Vital statistics of India. Vol. VI, European troops 1870-79
Year: 1870
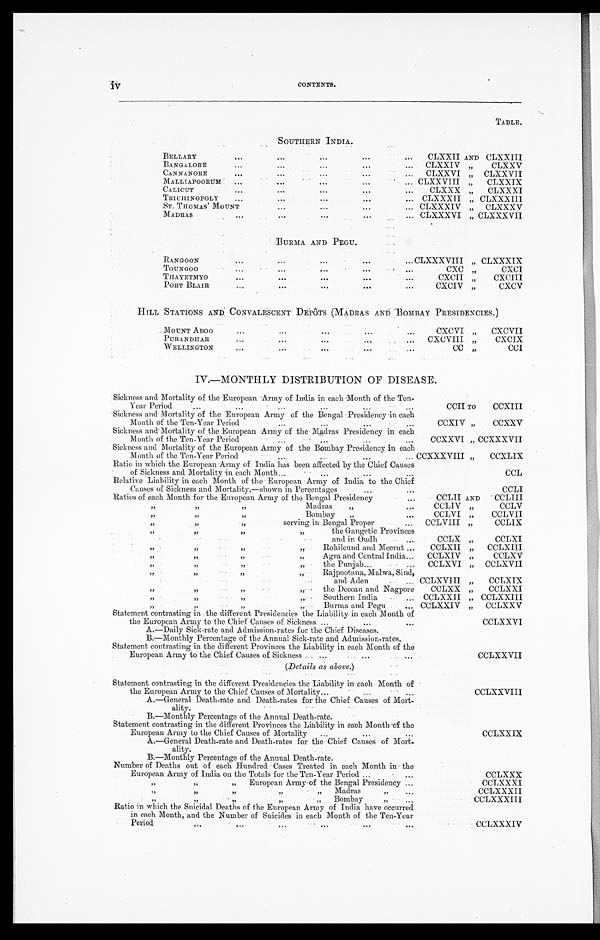
CONTENTS.
TABLE.
SOUTHERN I NDI A.
BELLARY
...
...
...
...
...
CLXXII AND CLXXIII
BANGALORE
...
...
...
CLXXI
„
CLXXV
CANNANORE
......
...
...
...
...
CLXXVI „ CLXXVII
MALLIAPOORUM
...
...
...
...
. . . . CLXXVIII „
CLXXIX
CALICUT
...
...
...
CLXXX „
CLXXXI
TRICHINOPOLY
...... ...
...
CLXXXII „ CLXXXIII
ST. THOMAS ' MOUNT... ...
•...
...
CLXXXIV „
CLXXXV
MADRAS
...
...
...
...
... CLXXXVI „ CLXXXVII
BURMA AND PEGU.
RA NGOON...CLXXXVIII '”
...
...
. . .
„ CLXXXIX
TOUNGOO
... ...
...
...
,..
CXC
, ,
C X C I
THAYETMY0...
...
...
...
CXCII „
CXCIII
PORT BLAIR...
...
...
• • •
HILL STATIONS AND CONVALESCENT DEPÔTS (MADRAS AND BOMBAY PRESIDENCIES.)
MOUNT ABO0
...
...
...
...
...
CXCVI „
CXCVII
PURANDHAR
...
... ...
...
CXCVIII „
CXCIX
WELLINGTON
. . .
...
...
...
...
CC
CCI
IV.—MONTHLY DISTRIBUTION OF DISEASE.
Sickness and Mortality of the European Army of India in each Month of the Ten-
Year Period
...
...
...
...
...
...
CCII TO
CCXIII
Sickness and Mortality of the European Army of the Bengal Presidency in each
Month of the Ten-Year Period
...
...
...
...
CCXIV „
CCXXV
Sickness and Mortality of the European Army of the Madras Presidency in each
Month of the Ten-Year Period
... ,..
... ...
. . .
, . .
. . .
CCXXVI „ CCXXXVII
Sickness and Mortality of the European Army of the Bombay Presidency in each
Month of the Ten-Year Period
...
...
...
... CCXXXVIII „
CCXLIX
Ratio in which the European Army of India has been affected by the Chief Causes
of Sickness and Mortality in each Month...
. .
. . .
. . .
. . .
CCL
Relative Liability in each Month of the European Army of India to the Chief
Causes of Sickness and Mortality,—shown in Percentages
...
...
CCLI
Ratios of each Month for the European Army of the Bengal Presidency
..
CCLII AND
CCLIII
,,
,,
,,
Madras
,,
...
CCLIV „
CCLV
,,
, ,
Bombay
„
_
CCLVI „
CCLVII
,,
,,
,,
serving in Bengal Proper
...
CCLVIII „
CCLIX
,,
,,
,,
,,
the Gangetic Provinces
and in Oudh
...
CCLX „
CCLXI
,,
,,
,,
Rohilcund and Meerut ...
CCLXII „
CCLXIII
,,
,,
,,
Agra and Central India...
CCLXIV „
CCLXV
,,
,,
,,
the Punjab...
.
. . . .
,,
,,
,,
Rajpootana, Malwa, Sind,
and Aden
...
CCLXVI
CCLXVIII
„
„
CCLXVII
CCLXIX
,,
the Deccan
and Nagpore
CCLXX „
CCLX XI
,, ,,
,,
„...
Southern India
.
... CCLXXII „ CCLXXIII
,,
"
Burma and Pegu .
...
„
CCLXXIV „
CCLXXV
Statement contrasting in the different Presidencies the Liability in each Month of
the European Army to the Chief Causes of Sickness ...
...
CCLXXVI
A.—Daily Sick-rate and Admission-rates for the Chief Diseases.
B.—Monthly Percentage of the Annual Sick-rate and Admission-rates.
Statement contrasting in the different Provinces the Liability in each Month of the
European Army to the Chief Causes of Sickness ... ...
...
. . .
CCLXXVII
(Details as above;)
Statement contrasting in the different Presidencies the Liability in each Month of
the European Army to the Chief Causes of Mortality...
...
... ...
CCLXXVIII
A.—General Death-rate and Death-rates for the Chief Causes of Mort-
ality.
B.—Monthly Percentage of the Annual Death-rate.
Statement contrasting in the different Provinces the Liability in each Month of the
European Army to the Chief Causes of Mortality
...
...
...
CCLXXIX
A.—General Death-rate and Death-rates for the Chief Causes of Mort-
ality.
B.—Monthly Percentage of the Annual Death-rate.
Number of Deaths out of each Hundred Cases Treated in each Month in the
European Army of India on the Totals for the Ten-Year Period ...
...
CCLXXX
,,
,,
,,
European Army of the Bengal Presidency ...
CCLXXXI
, ,
, ,
, ,
, ,
M a d r a s
CCLXXXII
,,
„
Bombay
,,
, , ,,
CCLXXX III
Ratio in which the Suicidal Deaths of the European Army of India have occurred
in each Month, and the Number of Suicides in each Month of the Ten-Year
P e r i o d . . .
It.
...
."
...
...
...
CCLXXXIV